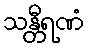
သန္တီရဏံ